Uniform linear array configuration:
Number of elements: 12
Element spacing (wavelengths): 0.5
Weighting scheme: exponential
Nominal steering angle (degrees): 45
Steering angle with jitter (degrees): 44.172
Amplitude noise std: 0.05
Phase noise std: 0.05

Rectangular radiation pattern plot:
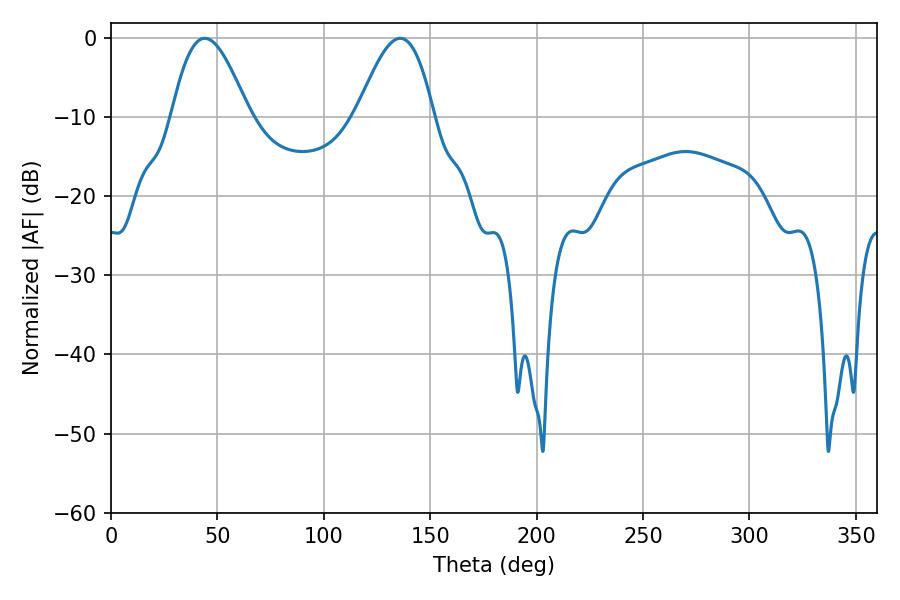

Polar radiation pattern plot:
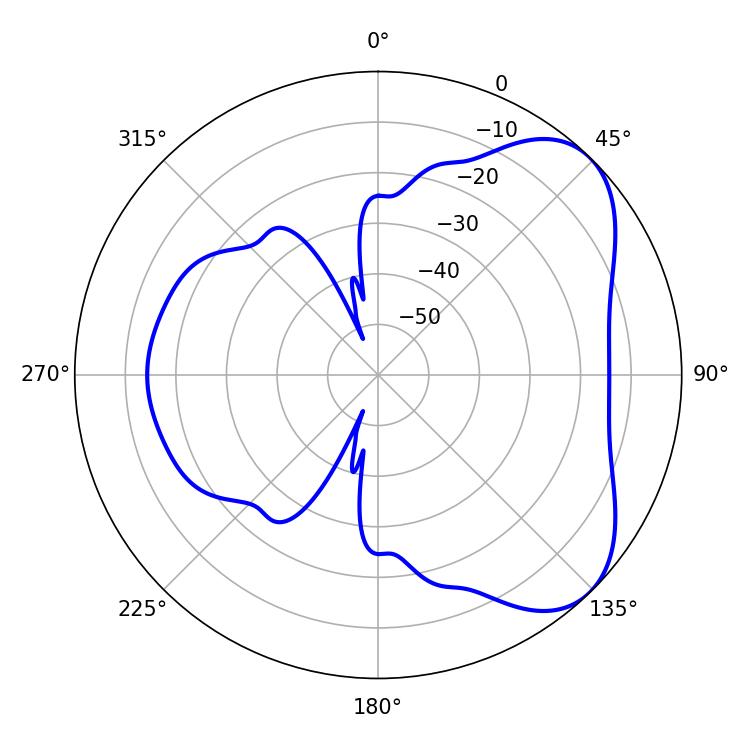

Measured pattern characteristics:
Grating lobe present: FALSE
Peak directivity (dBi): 5.743
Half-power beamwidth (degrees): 19.44
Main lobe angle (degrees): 44.1